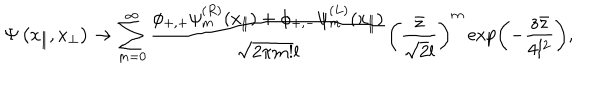
\Psi \left( x _ { \parallel } , x _ { \perp } \right) \to \sum _ { m = 0 } ^ { \infty } \frac { \phi _ { + , + } \psi _ { m } ^ { ( R ) } ( x _ { \parallel } ) + \phi _ { + , - } \psi _ { m } ^ { ( L ) } ( x _ { \parallel } ) } { \sqrt { 2 \pi m ! } l } \left( \frac { \bar { z } } { \sqrt { 2 } l } \right) ^ { m } \exp \left( - \frac { z \bar { z } } { 4 l ^ { 2 } } \right) ,